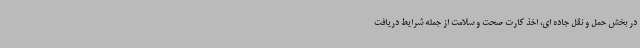
در بخش حمل و نقل جاده ای، اخذ کارت صحت و سلامت از جمله شرایط دریافت